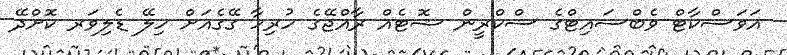
އަވަސްކާޓް ވެބްސައިޓްގެ ސްކްރީން ޝޮޓެއް ރާއްޖޭގެ ހުރިހާ ގޭގެއަށް ހިލޭ ޑެލިވަރ ކޮށްދޭ